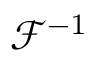
{ \mathcal { F } } ^ { - 1 }